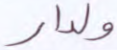
ولدار